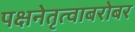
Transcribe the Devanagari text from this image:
पक्षनेतृत्वाबरोबर